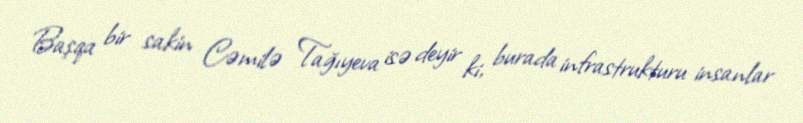
Başqa bir sakin Cəmilə Tağıyeva isə deyir ki, burada infrastrukturu insanlar